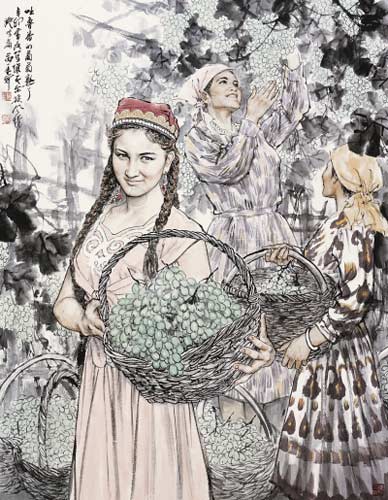
置将不善，壹败涂地